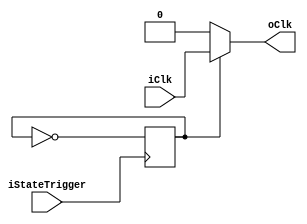
/***********************************************************
	Arquivo: pulser.v
	Descrio:
	Implementao do controlador de pulso, ele armazena um estado interno
	que pode adquirir os valores 'executado' ou 'parado'. O clock de saida
	s  repassado se o status interno  executando.
************************************************************/

module pulser
(
	iClk,
	iStateTrigger,
	oClk
);

input iClk, iStateTrigger;
output reg oClk;
reg state = 0;  // estado 0 parado, estado 1 executando

// Atualizando estado interno
always @(negedge iStateTrigger) begin
	state <= ~state;
end

// Sempre que o estado mudar, atualiza o clock 
always @(state or iClk) begin
	if (state) 
		oClk <= iClk;
	else
		oClk <= 0;
end

endmodule